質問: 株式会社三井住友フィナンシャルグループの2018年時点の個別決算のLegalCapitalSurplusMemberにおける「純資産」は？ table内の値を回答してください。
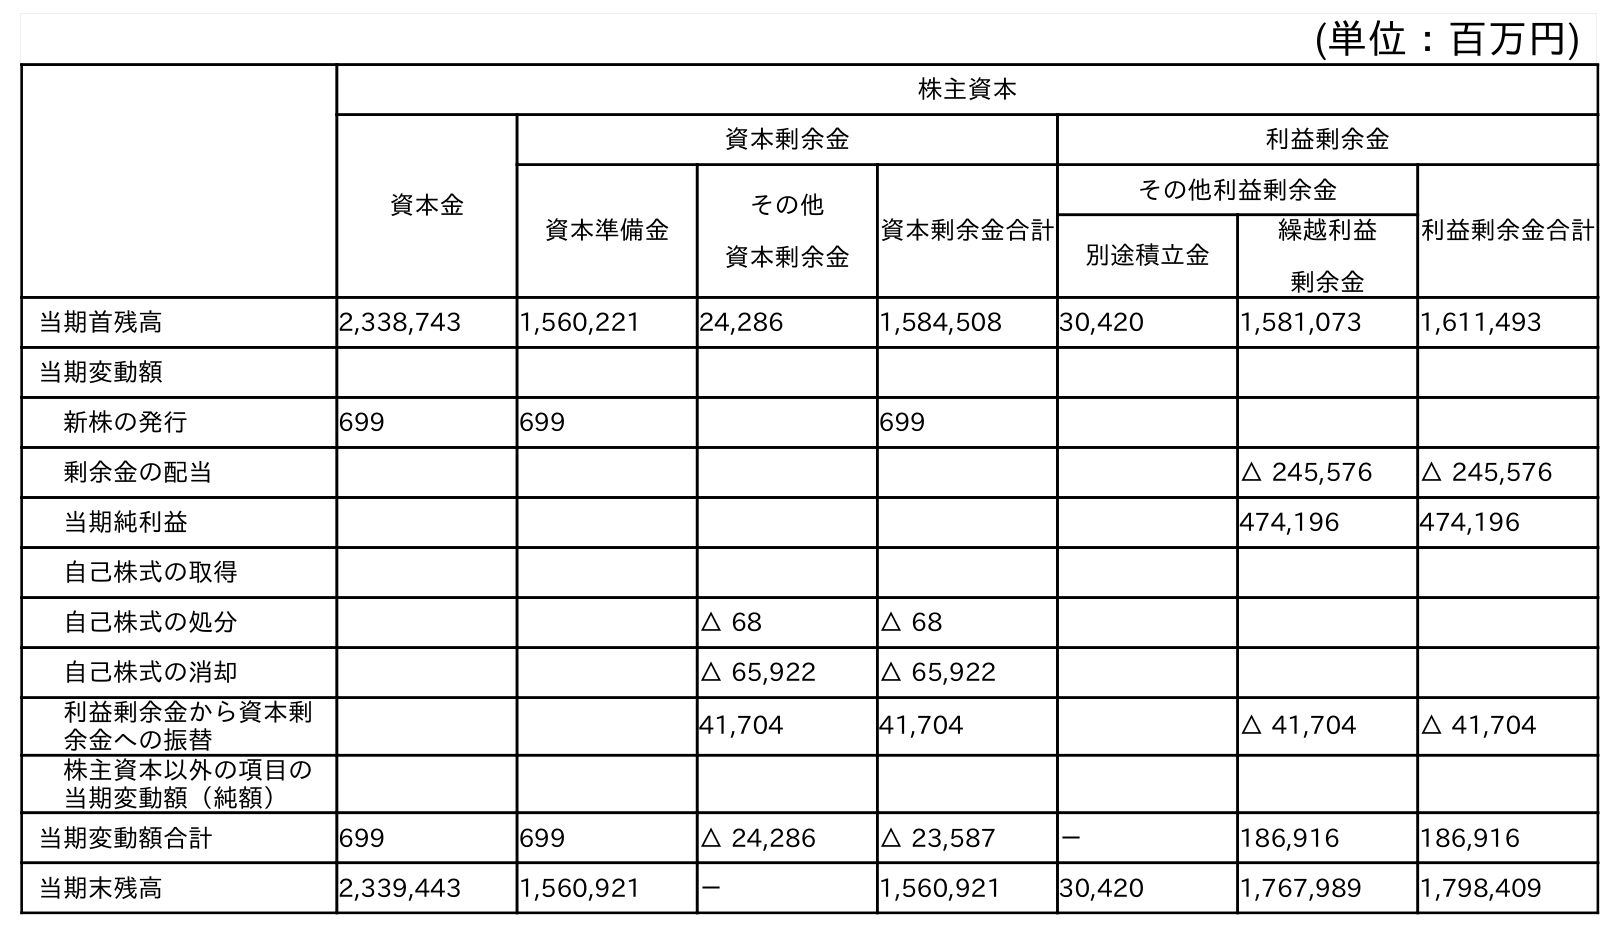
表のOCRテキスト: (単位：百万円) 株主資本 資本金 資本剰余金 利益剰余金 資本準備金 その他 資本剰余金 資本剰余金合計 その他利益剰余金 利益剰余金合計 別途積立金 繰越利益 剰余金 当期首残高 2,338,743 1,560,221 24,286 1,584,508 30,420 1,581,073 1,611,493 当期変動額 新株の発行 699 699 699 剰余金の配当 △ 245,576 △ 245,576 当期純利益 474,196 474,196 自己株式の取得 自己株式の処分 △ 68 △ 68 自己株式の消却 △ 65,922 △ 65,922 利益剰余金から資本剰 余金への振替 41,704 41,704 △ 41,704 △ 41,704 株主資本以外の項目の 当期変動額（純額） 当期変動額合計 699 699 △ 24,286 △ 23,587 － 186,916 186,916 当期末残高 2,339,443 1,560,921 － 1,560,921 30,420 1,767,989 1,798,409
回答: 1,560,221